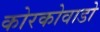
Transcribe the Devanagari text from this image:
कोरकोवाडो